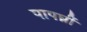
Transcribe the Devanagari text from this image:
पापघ्नीं